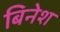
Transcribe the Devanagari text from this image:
बिनेश